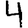
Digit: 4